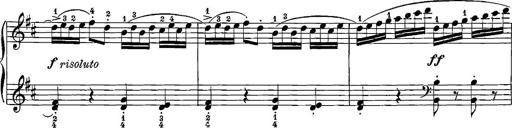
Title: 12 Sonatinas
Composer: Ignaz Pleyel